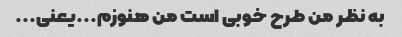
به نظر من طرح خوبی است من هنوزم...یعنی...